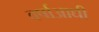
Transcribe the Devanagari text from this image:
वर्षाआधी